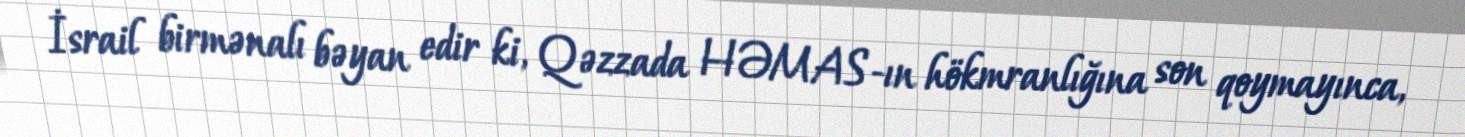
İsrail birmənalı bəyan edir ki, Qəzzada HƏMAS-ın hökmranlığına son qoymayınca,